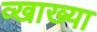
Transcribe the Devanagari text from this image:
व्खाख्या